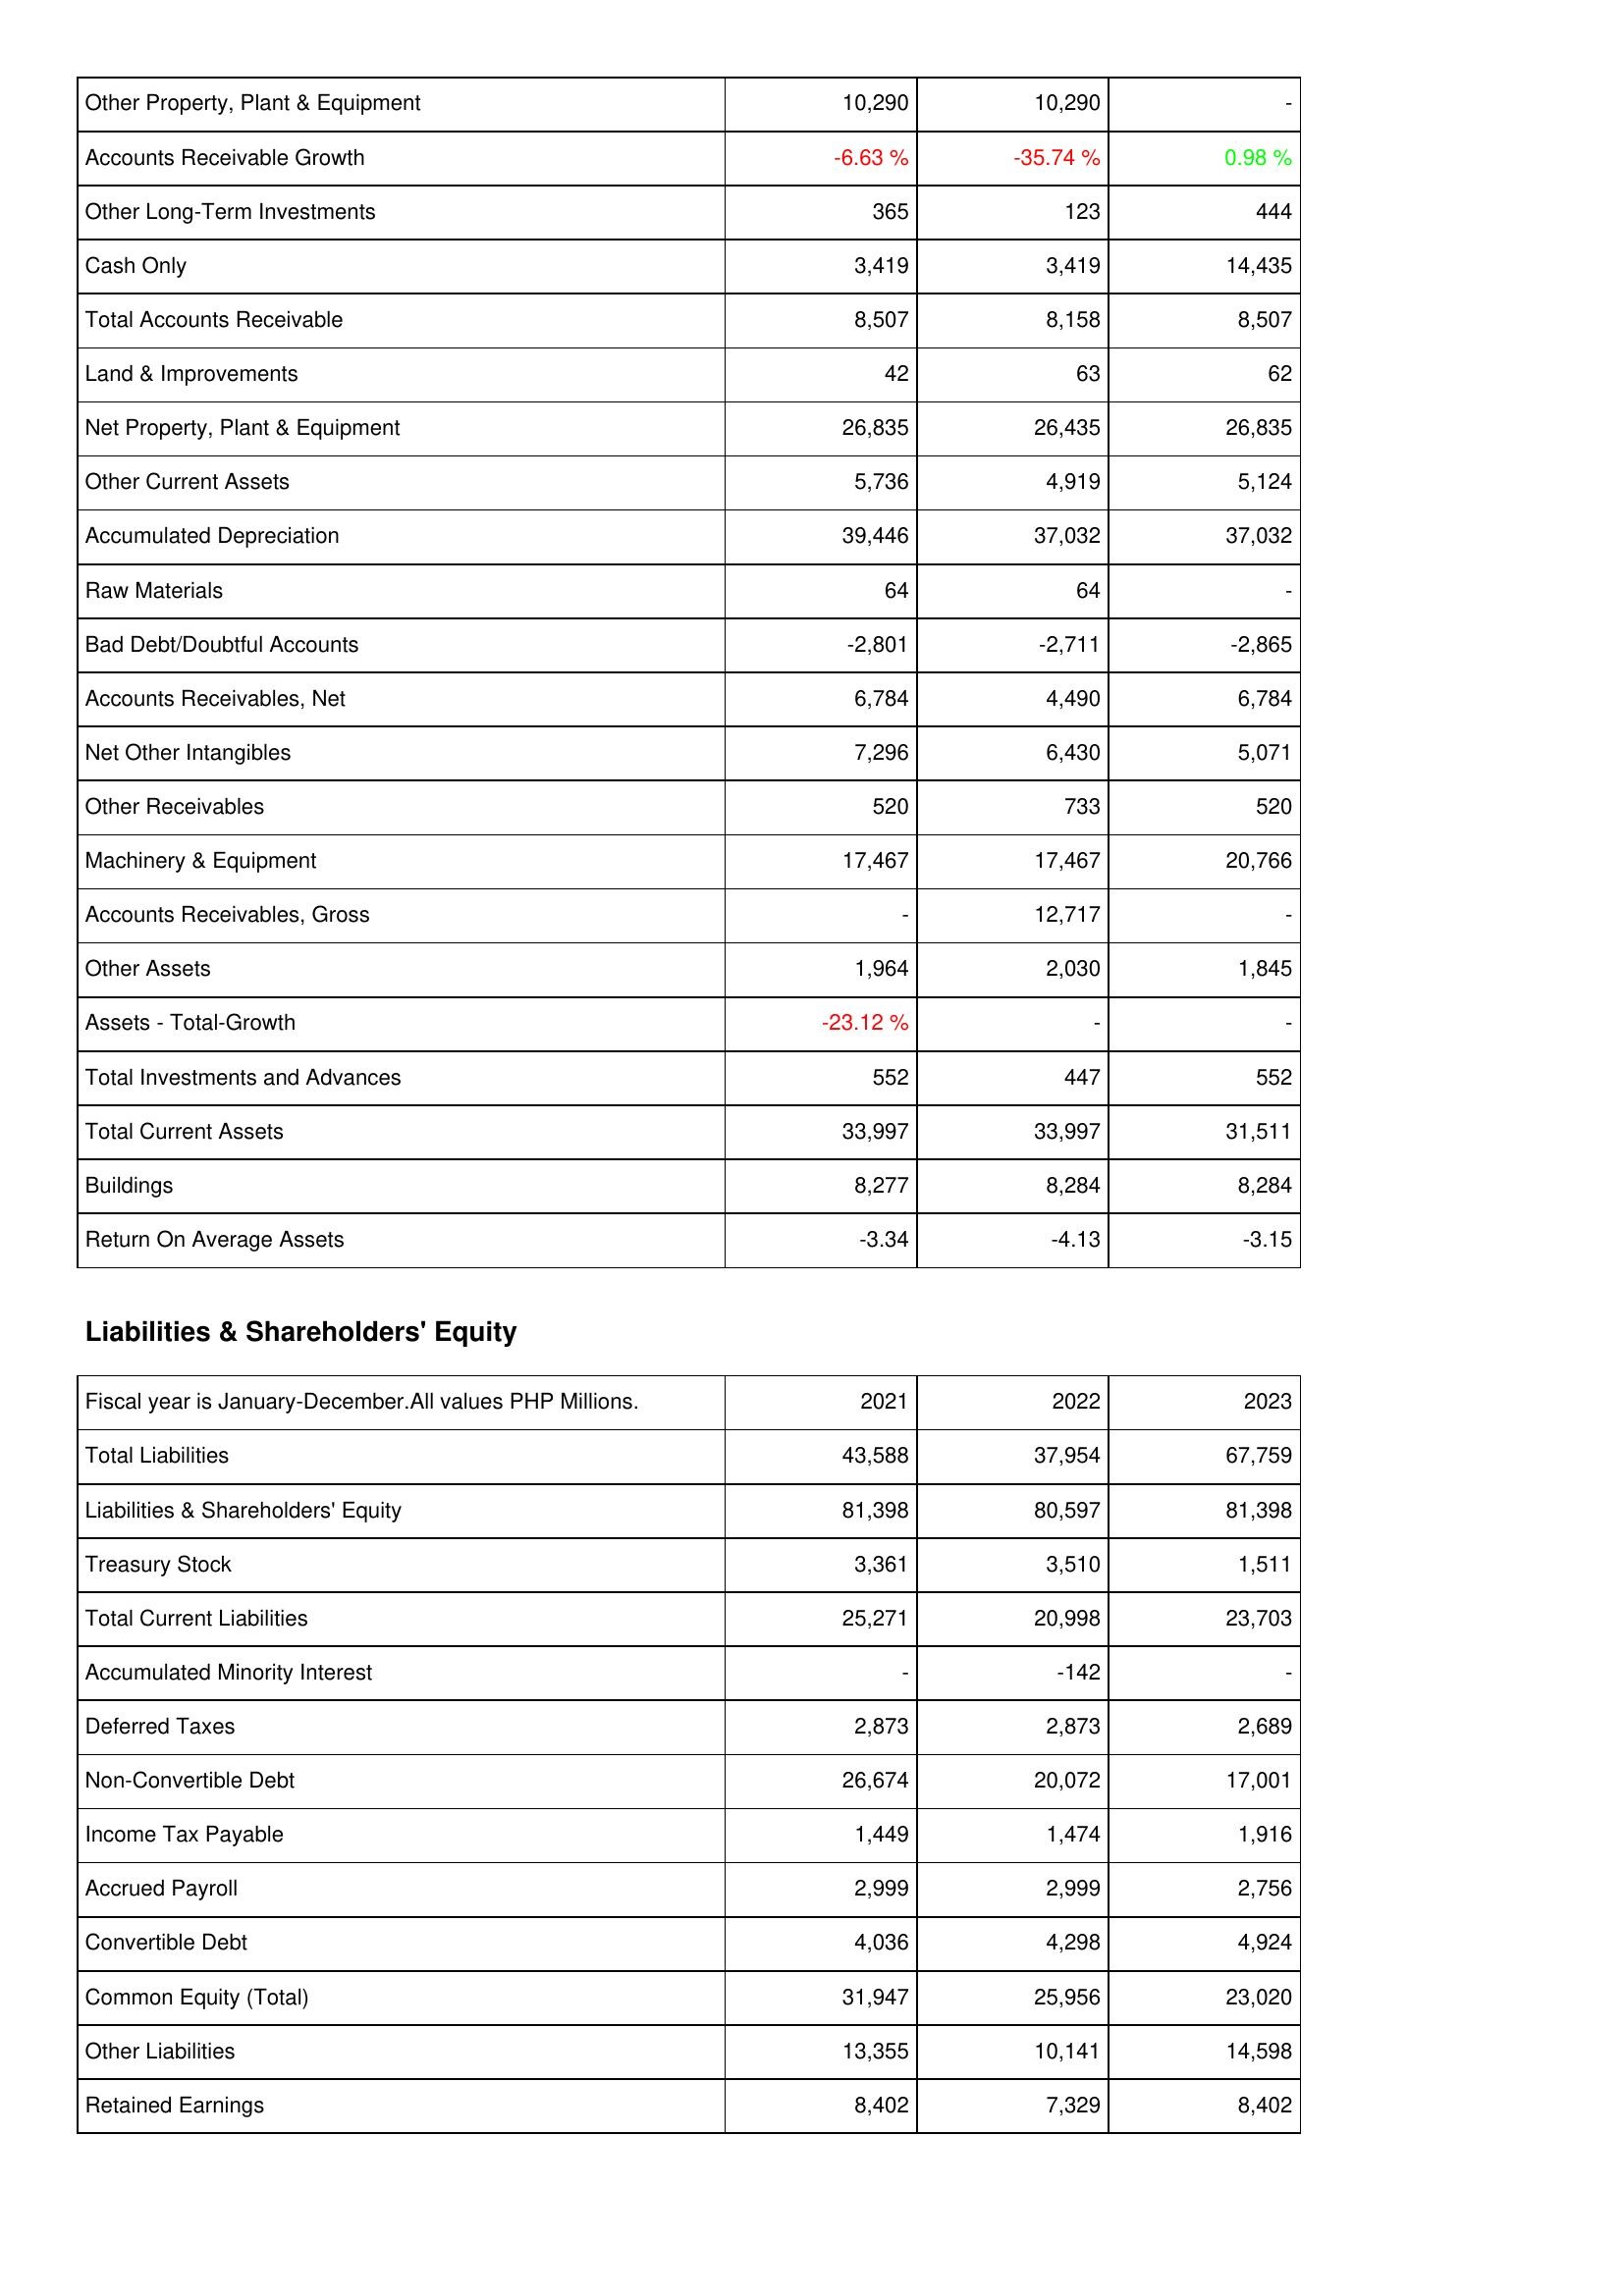
2021: Assets: Other Property, Plant & Equipment: 10,290
Accounts Receivable Growth: -6.63 %
Other Long-Term Investments: 365
Cash Only: 3,419
Total Accounts Receivable: 8,507
Land & Improvements: 42
Net Property, Plant & Equipment: 26,835
Other Current Assets: 5,736
Accumulated Depreciation: 39,446
Raw Materials: 64
Bad Debt/Doubtful Accounts: -2,801
Accounts Receivables, Net: 6,784
Net Other Intangibles: 7,296
Other Receivables: 520
Machinery & Equipment: 17,467
Accounts Receivables, Gross: -
Other Assets: 1,964
Assets - Total-Growth: -23.12 %
Total Investments and Advances: 552
Total Current Assets: 33,997
Buildings: 8,277
Return On Average Assets: -3.34
Liabilities & Shareholders' Equity: Total Liabilities: 43,588
Liabilities & Shareholders' Equity: 81,398
Treasury Stock: 3,361
Total Current Liabilities: 25,271
Accumulated Minority Interest: -
Deferred Taxes: 2,873
Non-Convertible Debt: 26,674
Income Tax Payable: 1,449
Accrued Payroll: 2,999
Convertible Debt: 4,036
Common Equity (Total): 31,947
Other Liabilities: 13,355
Retained Earnings: 8,402
2022: Assets: Other Property, Plant & Equipment: 10,290
Accounts Receivable Growth: -35.74 %
Other Long-Term Investments: 123
Cash Only: 3,419
Total Accounts Receivable: 8,158
Land & Improvements: 63
Net Property, Plant & Equipment: 26,435
Other Current Assets: 4,919
Accumulated Depreciation: 37,032
Raw Materials: 64
Bad Debt/Doubtful Accounts: -2,711
Accounts Receivables, Net: 4,490
Net Other Intangibles: 6,430
Other Receivables: 733
Machinery & Equipment: 17,467
Accounts Receivables, Gross: 12,717
Other Assets: 2,030
Assets - Total-Growth: -
Total Investments and Advances: 447
Total Current Assets: 33,997
Buildings: 8,284
Return On Average Assets: -4.13
Liabilities & Shareholders' Equity: Total Liabilities: 37,954
Liabilities & Shareholders' Equity: 80,597
Treasury Stock: 3,510
Total Current Liabilities: 20,998
Accumulated Minority Interest: -142
Deferred Taxes: 2,873
Non-Convertible Debt: 20,072
Income Tax Payable: 1,474
Accrued Payroll: 2,999
Convertible Debt: 4,298
Common Equity (Total): 25,956
Other Liabilities: 10,141
Retained Earnings: 7,329
2023: Assets: Other Property, Plant & Equipment: -
Accounts Receivable Growth: 0.98 %
Other Long-Term Investments: 444
Cash Only: 14,435
Total Accounts Receivable: 8,507
Land & Improvements: 62
Net Property, Plant & Equipment: 26,835
Other Current Assets: 5,124
Accumulated Depreciation: 37,032
Raw Materials: -
Bad Debt/Doubtful Accounts: -2,865
Accounts Receivables, Net: 6,784
Net Other Intangibles: 5,071
Other Receivables: 520
Machinery & Equipment: 20,766
Accounts Receivables, Gross: -
Other Assets: 1,845
Assets - Total-Growth: -
Total Investments and Advances: 552
Total Current Assets: 31,511
Buildings: 8,284
Return On Average Assets: -3.15
Liabilities & Shareholders' Equity: Total Liabilities: 67,759
Liabilities & Shareholders' Equity: 81,398
Treasury Stock: 1,511
Total Current Liabilities: 23,703
Accumulated Minority Interest: -
Deferred Taxes: 2,689
Non-Convertible Debt: 17,001
Income Tax Payable: 1,916
Accrued Payroll: 2,756
Convertible Debt: 4,924
Common Equity (Total): 23,020
Other Liabilities: 14,598
Retained Earnings: 8,402